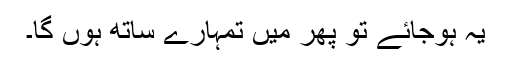
یہ ہوجائے تو پھر میں تمہارے ساتھ ہوں گا۔